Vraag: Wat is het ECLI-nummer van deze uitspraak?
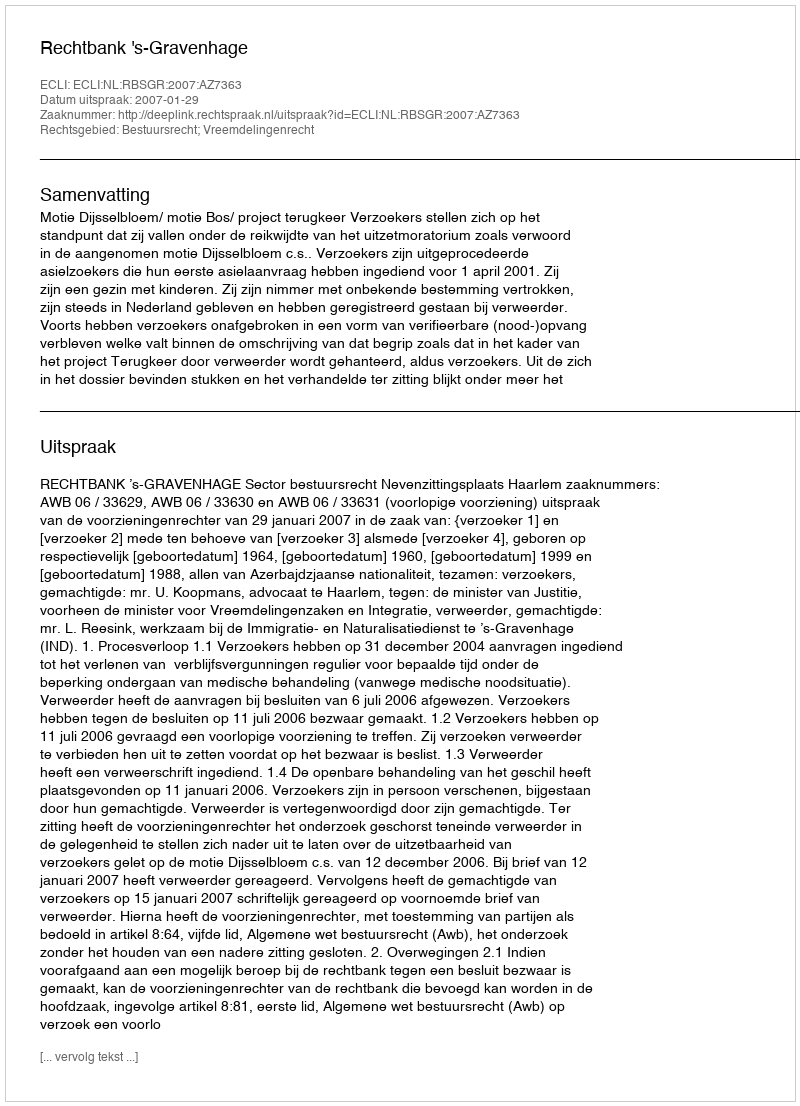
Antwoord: ECLI:NL:RBSGR:2007:AZ7363